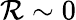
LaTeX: \mathcal{R}\sim0